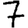
Digit: 7